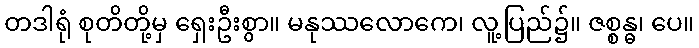
တဒါရုံ စုတိတို့မှ ရှေးဦးစွာ။ မနုဿလောကေ၊ လူ့ပြည်၌။ ဇစ္စန္ဓ၊ ပေ။